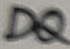
Text: DQ